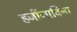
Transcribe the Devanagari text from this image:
हर्जीगाविना